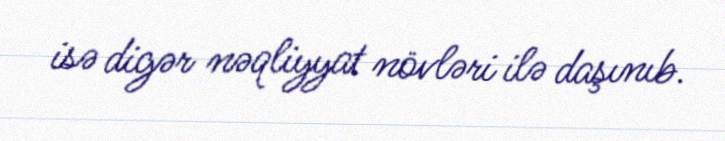
isə digər nəqliyyat növləri ilə daşınıb.